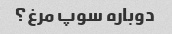
دوباره سوپ مرغ؟